Vaccination in Bombay 1869-1873 - 1869-1873
Year: 1869
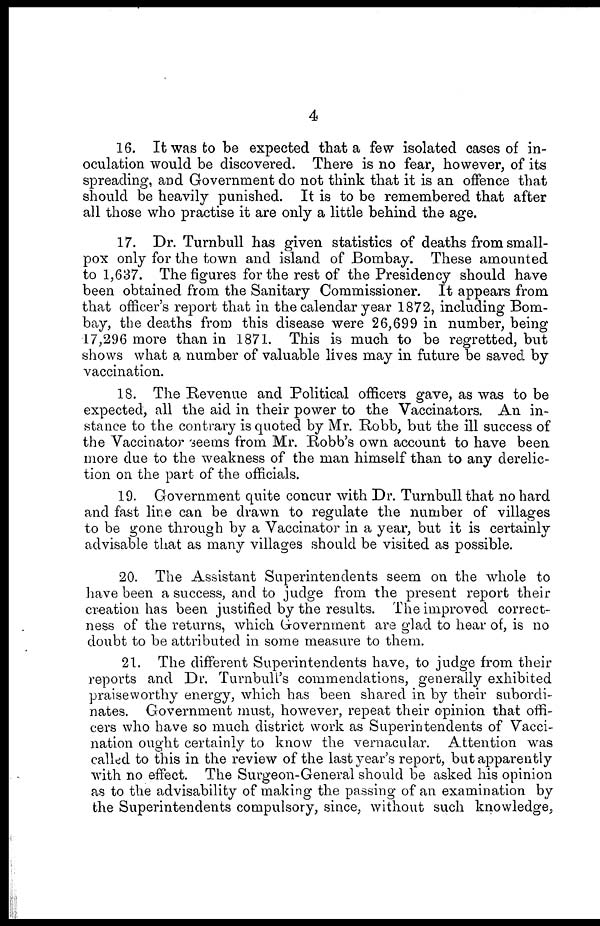
4
16. It was to be expected that a few isolated cases of in-
oculation would be discovered. There is no fear, however, of its
spreading, and Government do not think that it is an offence that
should be heavily punished. It is to be remembered that after
all those who practise it are only a little behind the age.
17. Dr. Turnbull has given statistics of deaths from small-
pox only for the town and island of Bombay. These amounted
to 1,637. The figures for the rest of the Presidency should have
been obtained from the Sanitary Commissioner. It appears from
that officer's report that in the calendar year 1872, including Bom-
bay, the deaths from this disease were 26,699 in number, being
17,296 more than in 1871. This is much to be regretted, but
shows what a number of valuable lives may in future be saved by
vaccination.
18. The Revenue and Political officers gave, as was to be
expected, all the aid in their power to the Vaccinators. An in-
stance to the contrary is quoted by Mr. Robb, but the ill success of
the Vaccinator seems from Mr. Robb's own account to have been
more due to the weakness of the man himself than to any derelic-
tion on the part of the officials.
19. Government quite concur with Dr. Turnbull that no hard
and fast line can be drawn to regulate the number of villages
to be gone through by a Vaccinator in a year, but it is certainly
advisable that as many villages should be visited as possible.
20. The Assistant Superintendents seem on the whole to
have been a success, and to judge from the present report their
creation has been justified by the results. The improved correct-
ness of the returns, which Government are glad to hear of, is no
doubt to be attributed in some measure to them.
21. The different Superintendents have, to judge from their
reports and Dr. Turnbull's commendations, generally exhibited
praiseworthy energy, which has been shared in by their subordi-
nates. Government must, however, repeat their opinion that offi-
cers who have so much district work as Superintendents of Vacci-
nation ought certainly to know the vernacular. Attention was
called to this in the review of the last year's report, but apparently
with no effect. The Surgeon-General should be asked his opinion
as to the advisability of making the passing of an examination by
the Superintendents compulsory, since, without such knowledge,